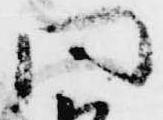
問